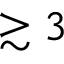
\gtrsim 3